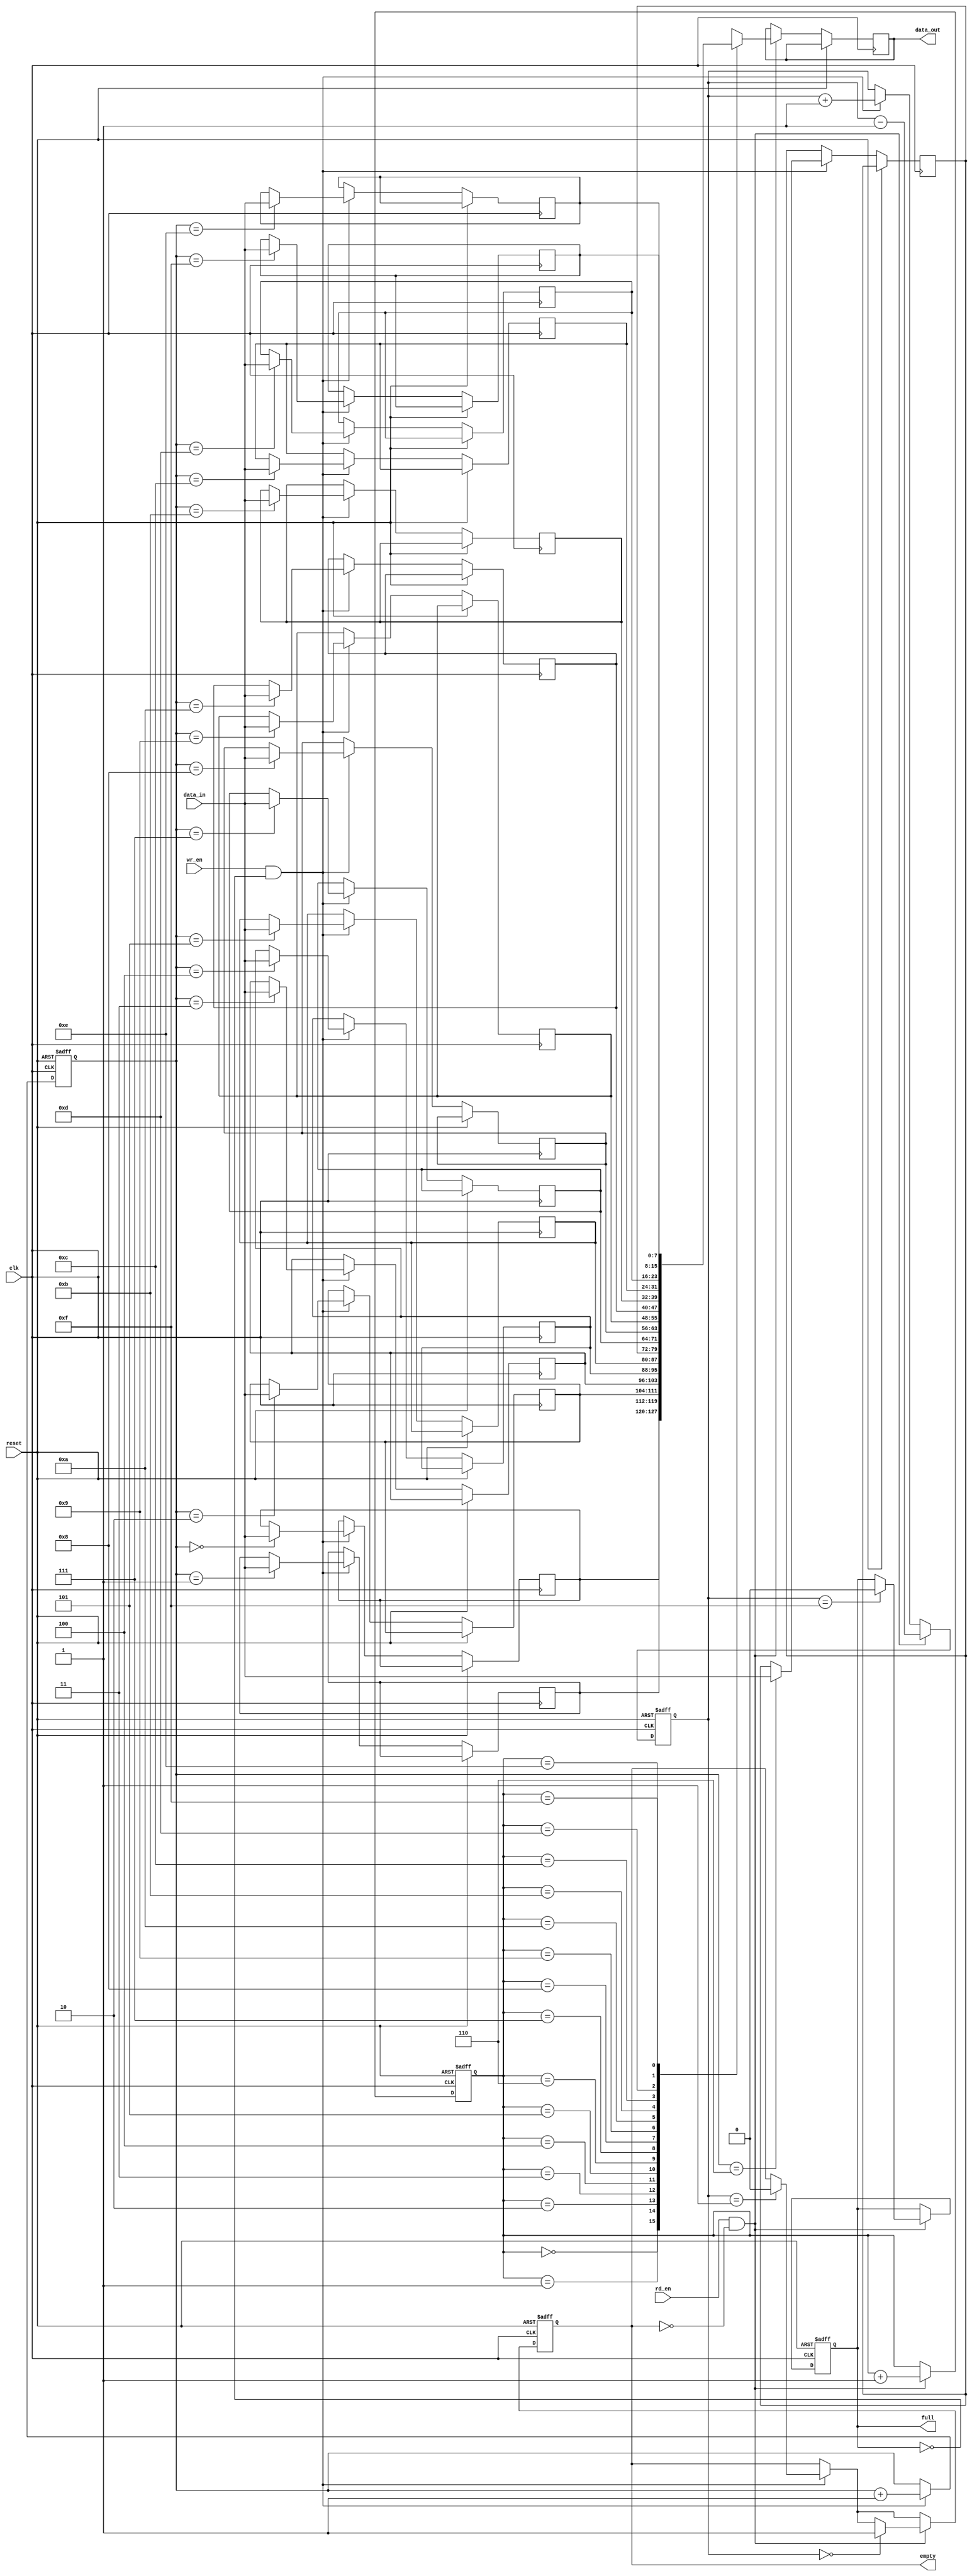
module fifo(
    input clk,
    input reset,
    input wr_en,
    input rd_en,
    input [DATA_WIDTH-1:0] data_in,
    output reg [DATA_WIDTH-1:0] data_out,
    output reg full,
    output reg empty
);

parameter DEPTH = 16; // Depth of the FIFO buffer
parameter DATA_WIDTH = 8; // Data width of the FIFO buffer
reg [DATA_WIDTH-1:0] buffer[0:DEPTH-1];
reg [3:0] wr_ptr = 0; // Write pointer
reg [3:0] rd_ptr = 0; // Read pointer
reg [3:0] count = 0; // Number of data elements in the buffer

always @(posedge clk or posedge reset) begin
    if (reset) begin
        wr_ptr <= 0;
        rd_ptr <= 0;
        count <= 0;
        full <= 0;
        empty <= 1;
    end else begin
        if (wr_en && ~full) begin
            buffer[wr_ptr] <= data_in;
            wr_ptr <= wr_ptr + 1;
            count <= count + 1;
            
            if (count == DEPTH) begin
                full <= 1;
            end
            if (count == 1) begin
                empty <= 0;
            end
        end
        
        if (rd_en && ~empty) begin
            data_out <= buffer[rd_ptr];
            rd_ptr <= rd_ptr + 1;
            count <= count - 1;
            
            if (count == 0) begin
                empty <= 1;
            end
            if (count == DEPTH-1) begin
                full <= 0;
            end
        end
    end
end

endmodule